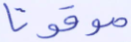
موقوتا